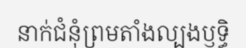
នាក់ជំនុំព្រមតាំងល្បងឫទ្ធិ